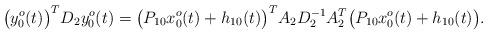
LaTeX: \begin{align*}\big(y_{0}^{o}(t)\big)^{T}D_{2}y_{0}^{o}(t)=\big(P_{10}x_{0}^{o}(t)+h_{10}(t)\big)^{T}A_{2}D_{2}^{-1}A_{2}^{T}\big(P_{10}x_{0}^{o}(t)+h_{10}(t)\big).\end{align*}